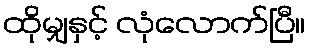
ထိုမျှနှင့် လုံလောက်ပြီ။